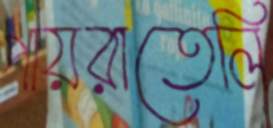
পায়রাতেলি